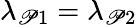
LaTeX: \lambda_{\mathscr{P}1}=\lambda_{\mathscr{P}2}